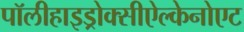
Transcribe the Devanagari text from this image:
पॉलीहाइड्रोक्सीऐल्केनोएट